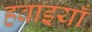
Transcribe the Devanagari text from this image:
हवाइयाँ